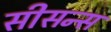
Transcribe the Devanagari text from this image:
सीसन्स